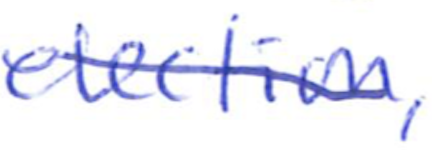
Text: election,
Cross-out: mix
Writing tool: ballpoint